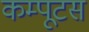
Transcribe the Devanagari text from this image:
कम्पूटस